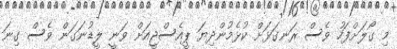
މި ގޯލަށްފަހު ވެސް ރަނގަޅަށް ކުޅެމުންދިޔަ ޕީއެސްޖީއަށް ވަނީ ލީޑުނަގަން ވެސް ގިނަ